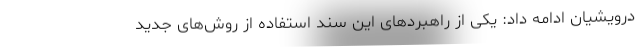
درویشیان ادامه داد: یکی از راهبرد‌های این سند استفاده از روش‌های جدید